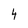
Character: 4